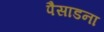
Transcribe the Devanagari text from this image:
पैसाडना